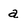
Character: a